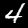
Label: 4